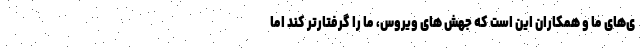
ی‌‌های ما و همکاران این است که جهش های ویروس، ما را گرفتارتر کند اما